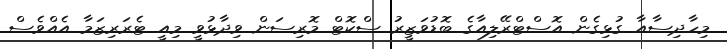
މިހާދިސާއާ ގުޅިގެން އޮސްޓްރޭލިއާގެ ބޮޑުވަޒީރު ސްކޮޓް މޮރިސަން ވިދާޅުވީ މިއީ ޓެރަރިޒަމާ އެއްވެސް